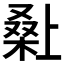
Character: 𭫌